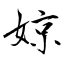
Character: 婛